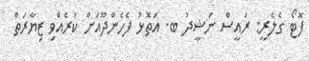
ފޮޓޯ ގެލެރީ: ރައީސް ނަޝީދު ބ. އަތޮޅު ފެހެންދޫއަށް ކުރެއްވި ޒިޔާރަތް